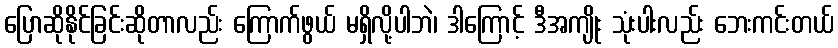
ပြောဆိုနိုင်ခြင်းဆိုတာလည်း ကြောက်ဖွယ် မရှိလို့ပါဘဲ၊ ဒါကြောင့် ဒီအကျိုး သုံးပါးလည်း ဘေးကင်းတယ်